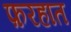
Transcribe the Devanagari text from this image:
फ़रहात